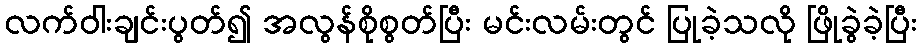
လက်ဝါးချင်းပွတ်၍ အလွန်စိုစွတ်ပြီး မင်းလမ်းတွင် ပြုခဲ့သလို ဖြိုခွဲခဲ့ပြီး